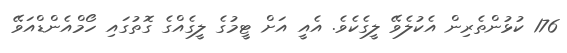
176 ކުޅުންތެރިން އެކުލެވޭ ލީގެކެވެ. އެއީ އަށް ޓީމުގެ ލީގެއްގެ ގޮތުގައި ހޯމްއެންޑްއަވޭ